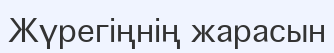
Жүрегіңнің жарасын